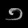
Digit: ၁